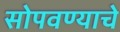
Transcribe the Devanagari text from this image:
सोपवण्याचे